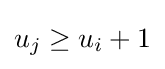
u_{j}\geq u_{i}+1